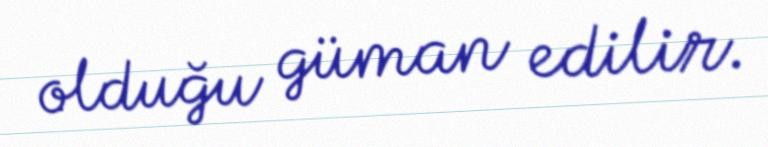
olduğu güman edilir.